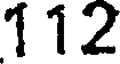
112